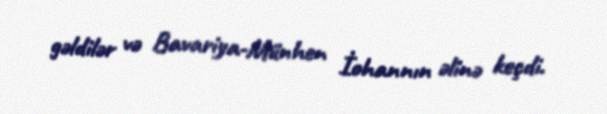
gəldilər və Bavariya-Münhen İohannın əlinə keçdi.